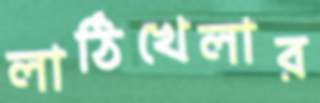
লাঠিখেলার